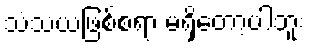
သံသယဖြစ်စရာ မရှိတော့ပါဘူး